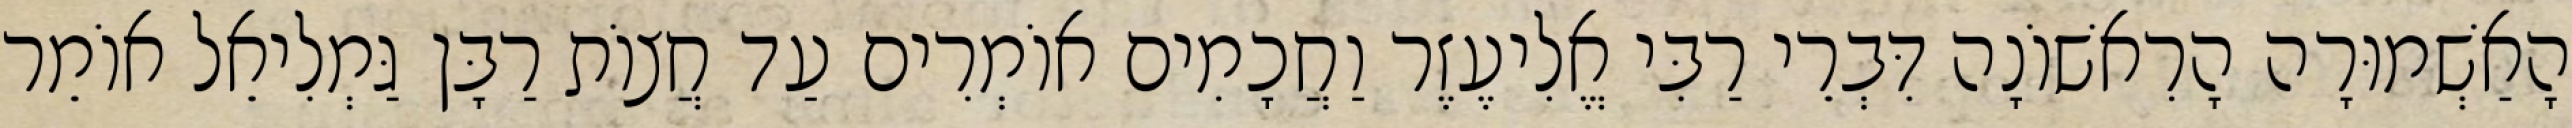
הָאַשְׁמוּרָה הָרִאשׁוֹנָה דִּבְרֵי רַבִּי אֱלִיעֶזֶר וַחֲכָמִים אוֹמְרִים עַד חֲצוֹת רַבָּן גַּמְלִיאֵל אוֹמֵר